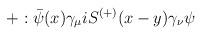
LaTeX: \begin{align*}+:\bar{\psi}(x)\gamma _{\mu }iS^{\left( +\right) }(x-y)\gamma _{\nu }\psi\end{align*}